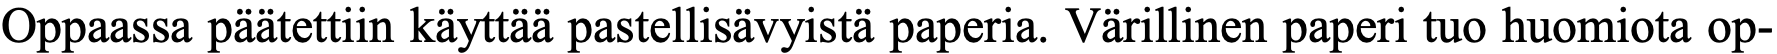
Oppaassa päätettiin käyttää pastellisävyistä paperia. Värillinen paperi tuo huomiota op-